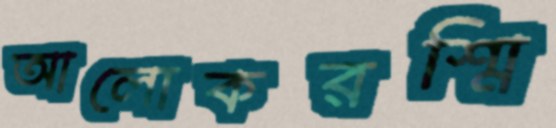
আলোকরশ্মি